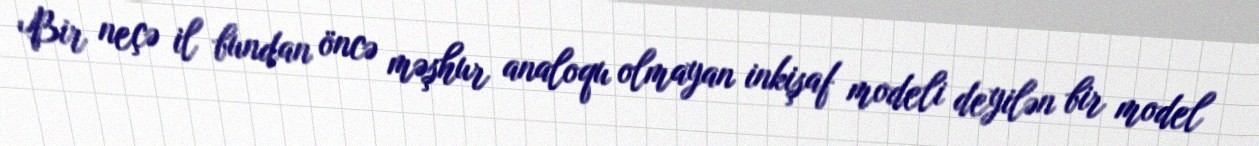
Bir neçə il bundan öncə məşhur analoqu olmayan inkişaf modeli deyilən bir model